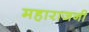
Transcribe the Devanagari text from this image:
महाराजनी